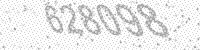
Solution: 628098